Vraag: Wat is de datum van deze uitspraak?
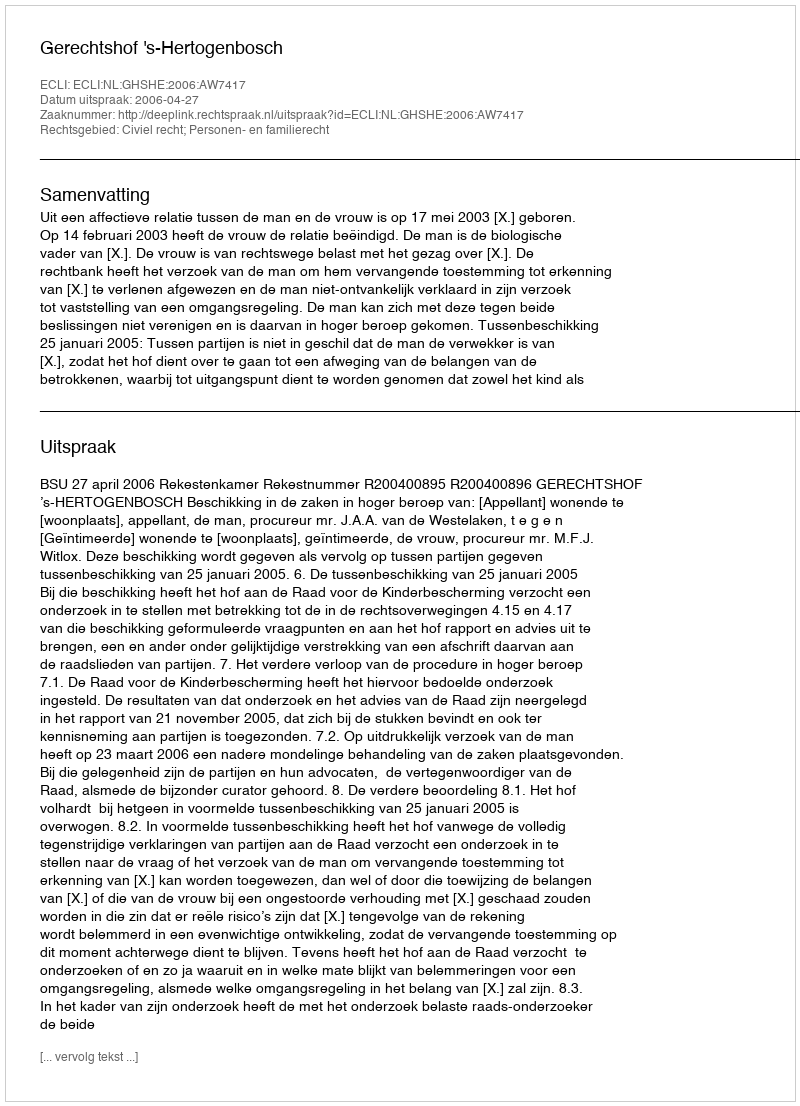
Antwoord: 2006-04-27